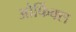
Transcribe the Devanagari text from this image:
ओर्फिक्स